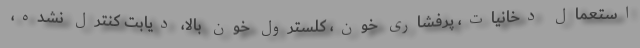
استعمال دخانیات، پُرفشاری خون، کلسترول خون بالا، دیابت کنترل نشده،